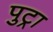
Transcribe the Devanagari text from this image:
पुट्रा